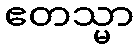
ဧတသ္မာ